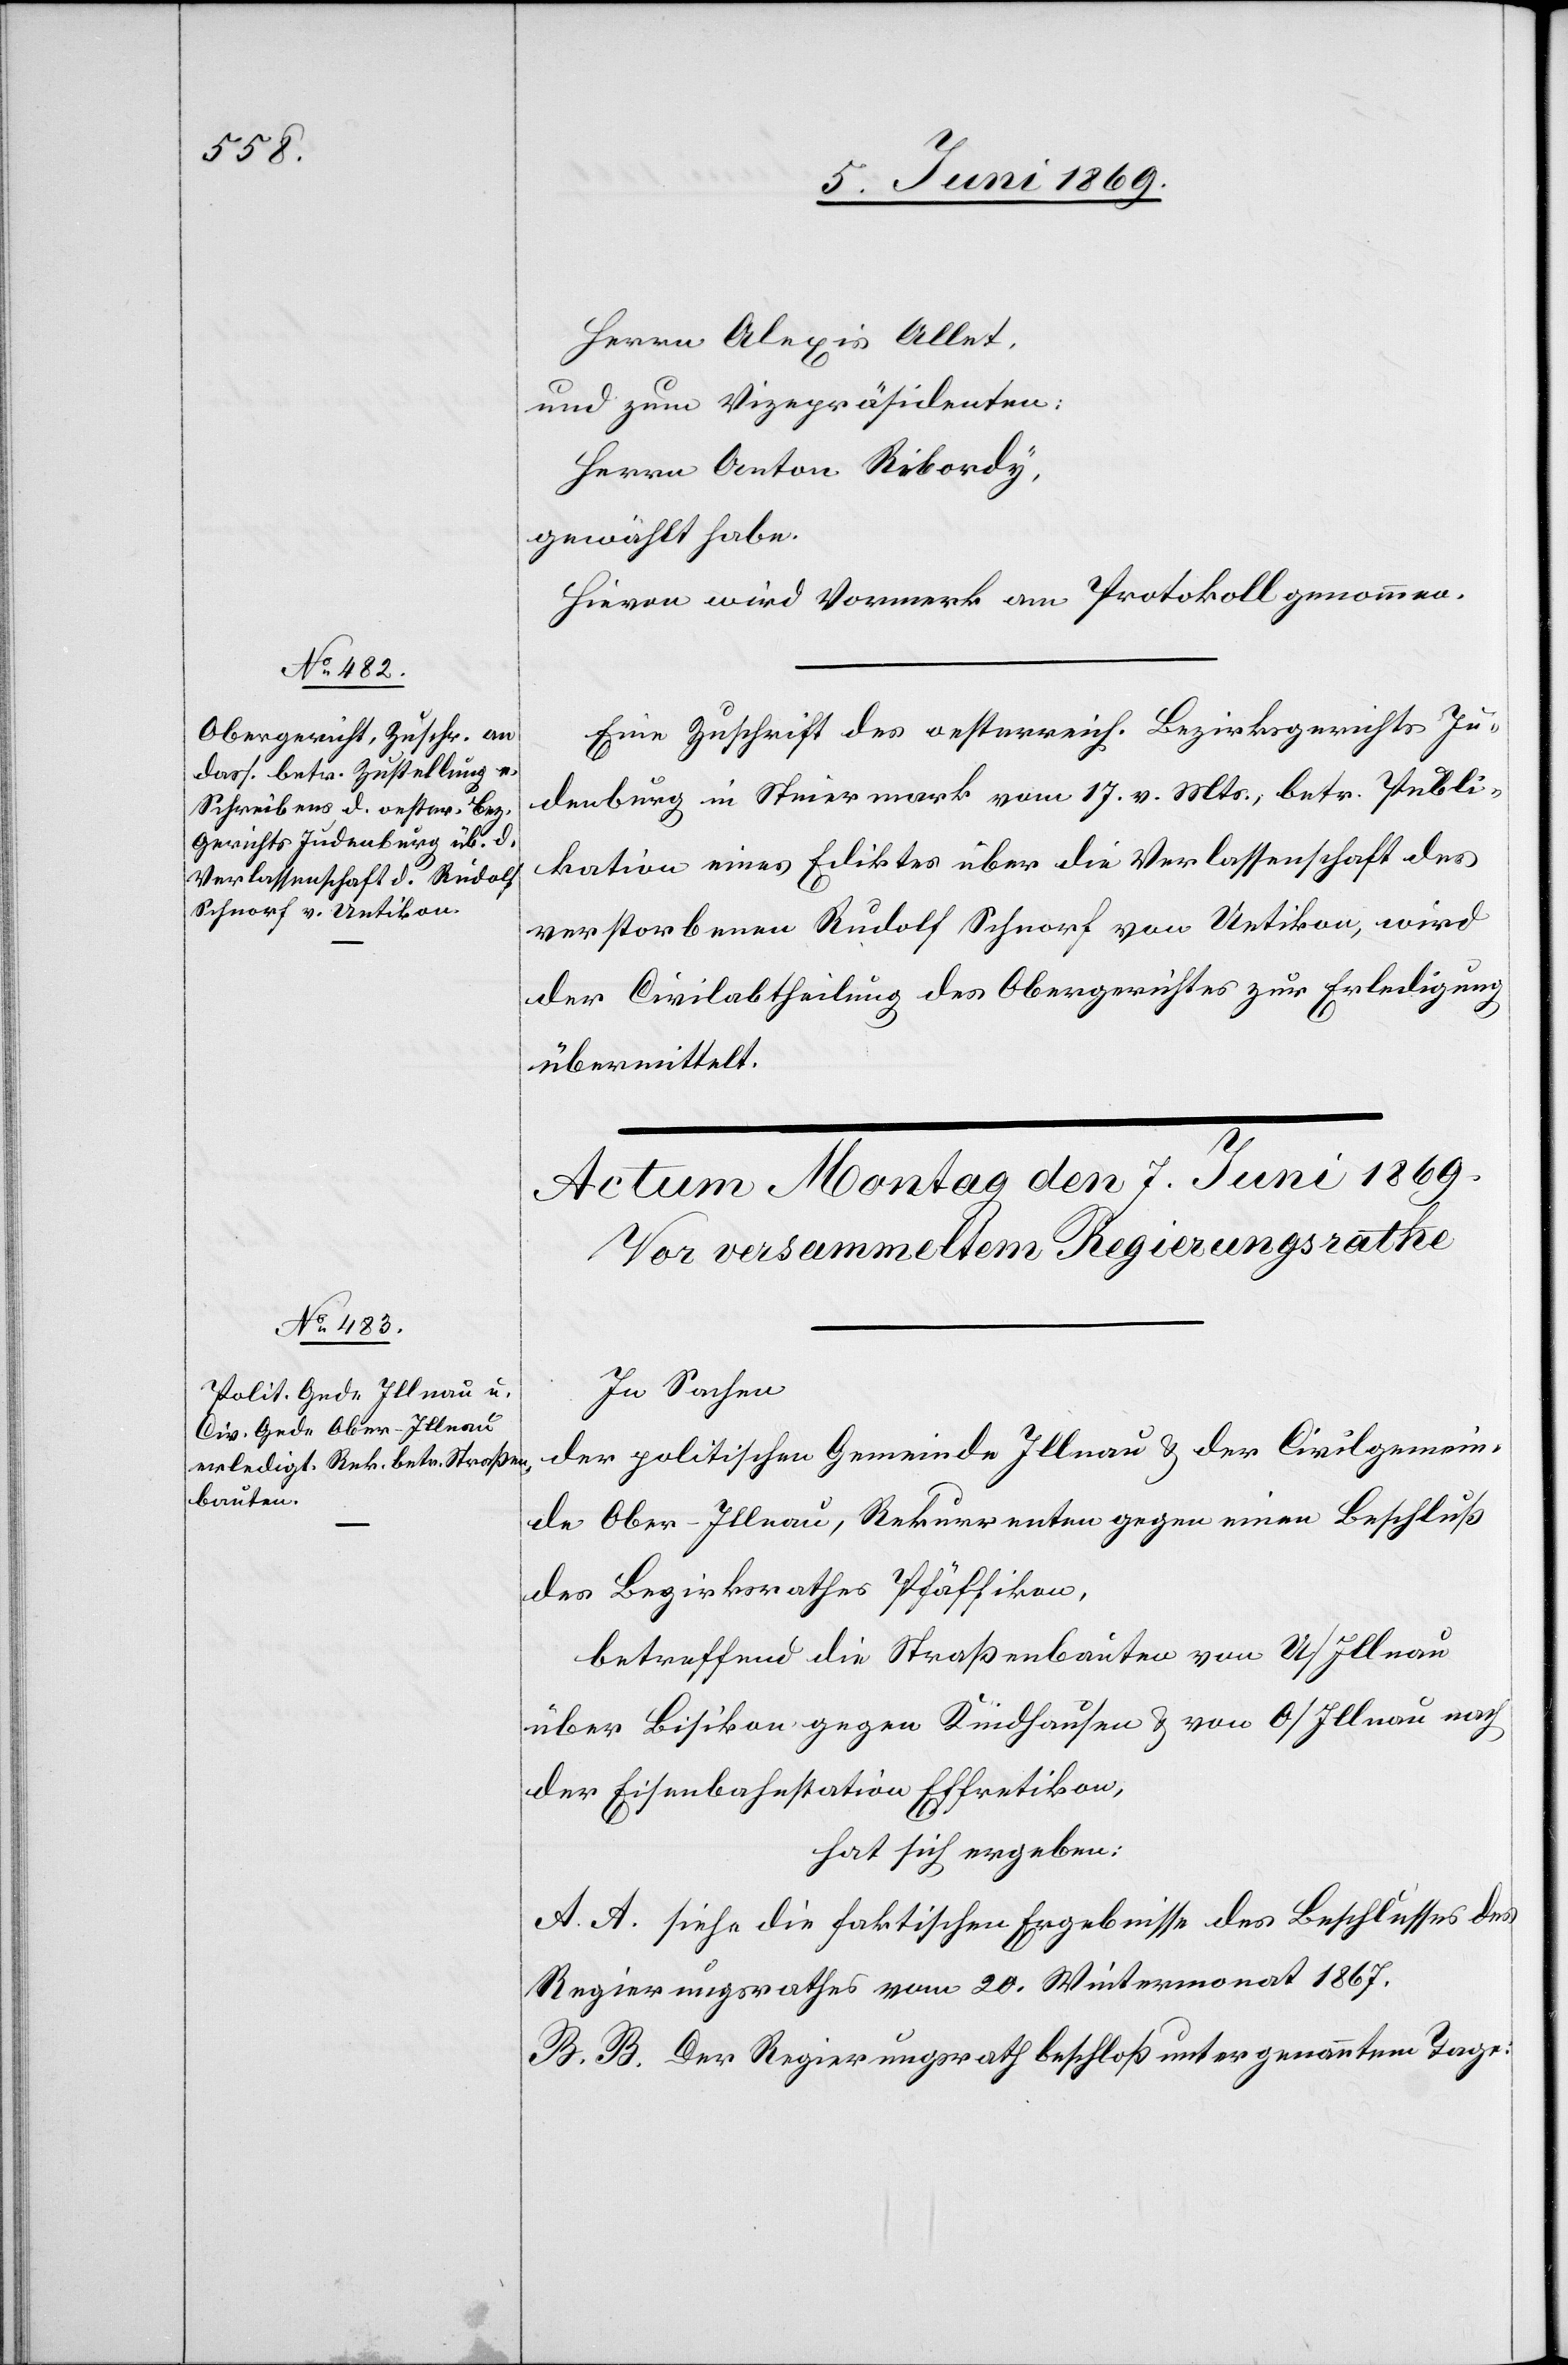
5. Juni 1869.]
Herrn Alexis Allet,
und zum Vicepräsidenten:
Herrn Anton Rikordy,
gewählt habe.
Hievon wird Vormerk am Protokoll genommen.
Eine Zuschrift des oesterreich. Bezirksgerichtes Ju¬
denburg in Steiermark vom 17. v. Mts., betr. Publi¬
kation eines Ediktes über die Verlassenschaft des
verstorbenen Rudolf Schnorf von Uetikon, wird
der Civilabtheilung des Obergerichtes zur Erledigung
übermittelt.
In Sachen
der politischen Gemeinde Illnau u. der Civilgemein¬
de Ober-Illnau, Rekurrenten gegen einen Beschluß
des Bezirksrathes Pfäffikon,
betreffend die Straßenbauten von U/Illnau
über Bisikon gegen Kindhausen u. von O/Illnau nach
der Eisenbahnstation Effretikon,
hat sich ergeben:
A. [sic!] siehe die faktischen Ergebnisse des Beschlusses des
Regierungsrathes vom 20. Wintermonat 1867.
B. B. Der Regierungsrath beschloß unter genanntem Tage: